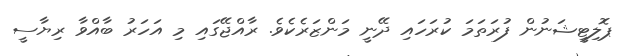
ޕޮލިޓީޝަނުން ފުރަތަމަ ކުރަހައި ދޭނީ މަންޒަރެކެވެ. ރާއްޖޭގައި މި އަހަރު ބާއްވާ ރިޔާސީ